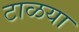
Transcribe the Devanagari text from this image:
टाळया